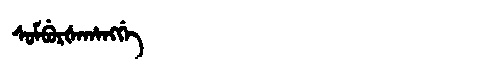
Manchu: ᠰᡠᠮᠪᡠᡵᡧᠠᡥᠠᠩᡤᡝ
Romanization: SUMBURŠAHANGGE